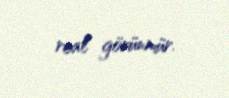
real görünmür.